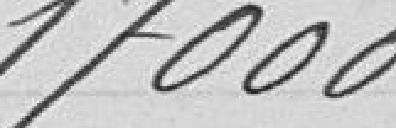
17 000